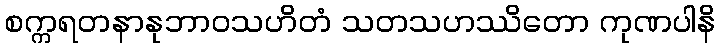
စက္ကရတနာနုဘာဝသဟိတံ သတသဟဿိတော ကုဏပါနိ